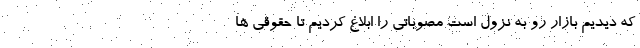
که ‌دیدیم بازار رو به نزول است مصوباتی را ابلاغ کردیم تا حقوقی ها